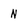
Character: N